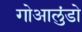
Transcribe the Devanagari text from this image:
गोआलुंडो